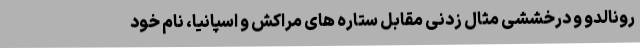
رونالدو و درخششی مثال زدنی مقابل ستاره های مراکش و اسپانیا، نام خود